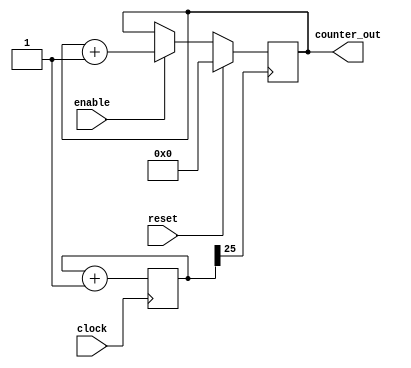
`timescale 1ns / 1ps
//////////////////////////////////////////////////////////////////////////////////
// Company: 
// Engineer: 
// 
// Design Name: 
// Module Name: my_counter
// Project Name: 
// Target Devices: 
// Tool Versions: 
// Description: 
// 
// Dependencies: 
// 
// Revision:
// Revision 0.01 - File Created
// Additional Comments:
// 
//////////////////////////////////////////////////////////////////////////////////


module my_counter(
    input clock,
    input reset,
    input enable,
    output reg [3:0] counter_out
    );
    
    reg [25:0] clock_reg;
    wire clock_en;
    
    assign clock_en = clock_reg[25];
    
    always @ (posedge clock)
        clock_reg <= clock_reg + 1;
    
    always @ (posedge clock_en)
        if (reset)
            counter_out <= 0;
        else if (enable)
            counter_out <= counter_out + 1;
endmodule